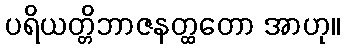
ပရိယတ္တိဘာဇနတ္ထတော အာဟု။